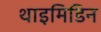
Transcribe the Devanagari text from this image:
थाइमिडिन